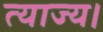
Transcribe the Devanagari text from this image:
त्याज्य।